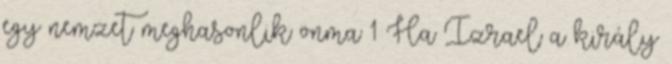
egy nemzet meghasonlik önma 1 Ha Izrael a király